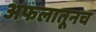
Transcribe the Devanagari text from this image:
अफलातूनच